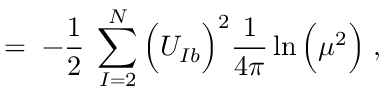
= \; - \frac { 1 } { 2 } \; \sum _ { I = 2 } ^ { N } \Big ( U _ { I b } \Big ) ^ { 2 } \frac { 1 } { 4 \pi } \ln \Big ( \mu ^ { 2 } \Big ) \; ,